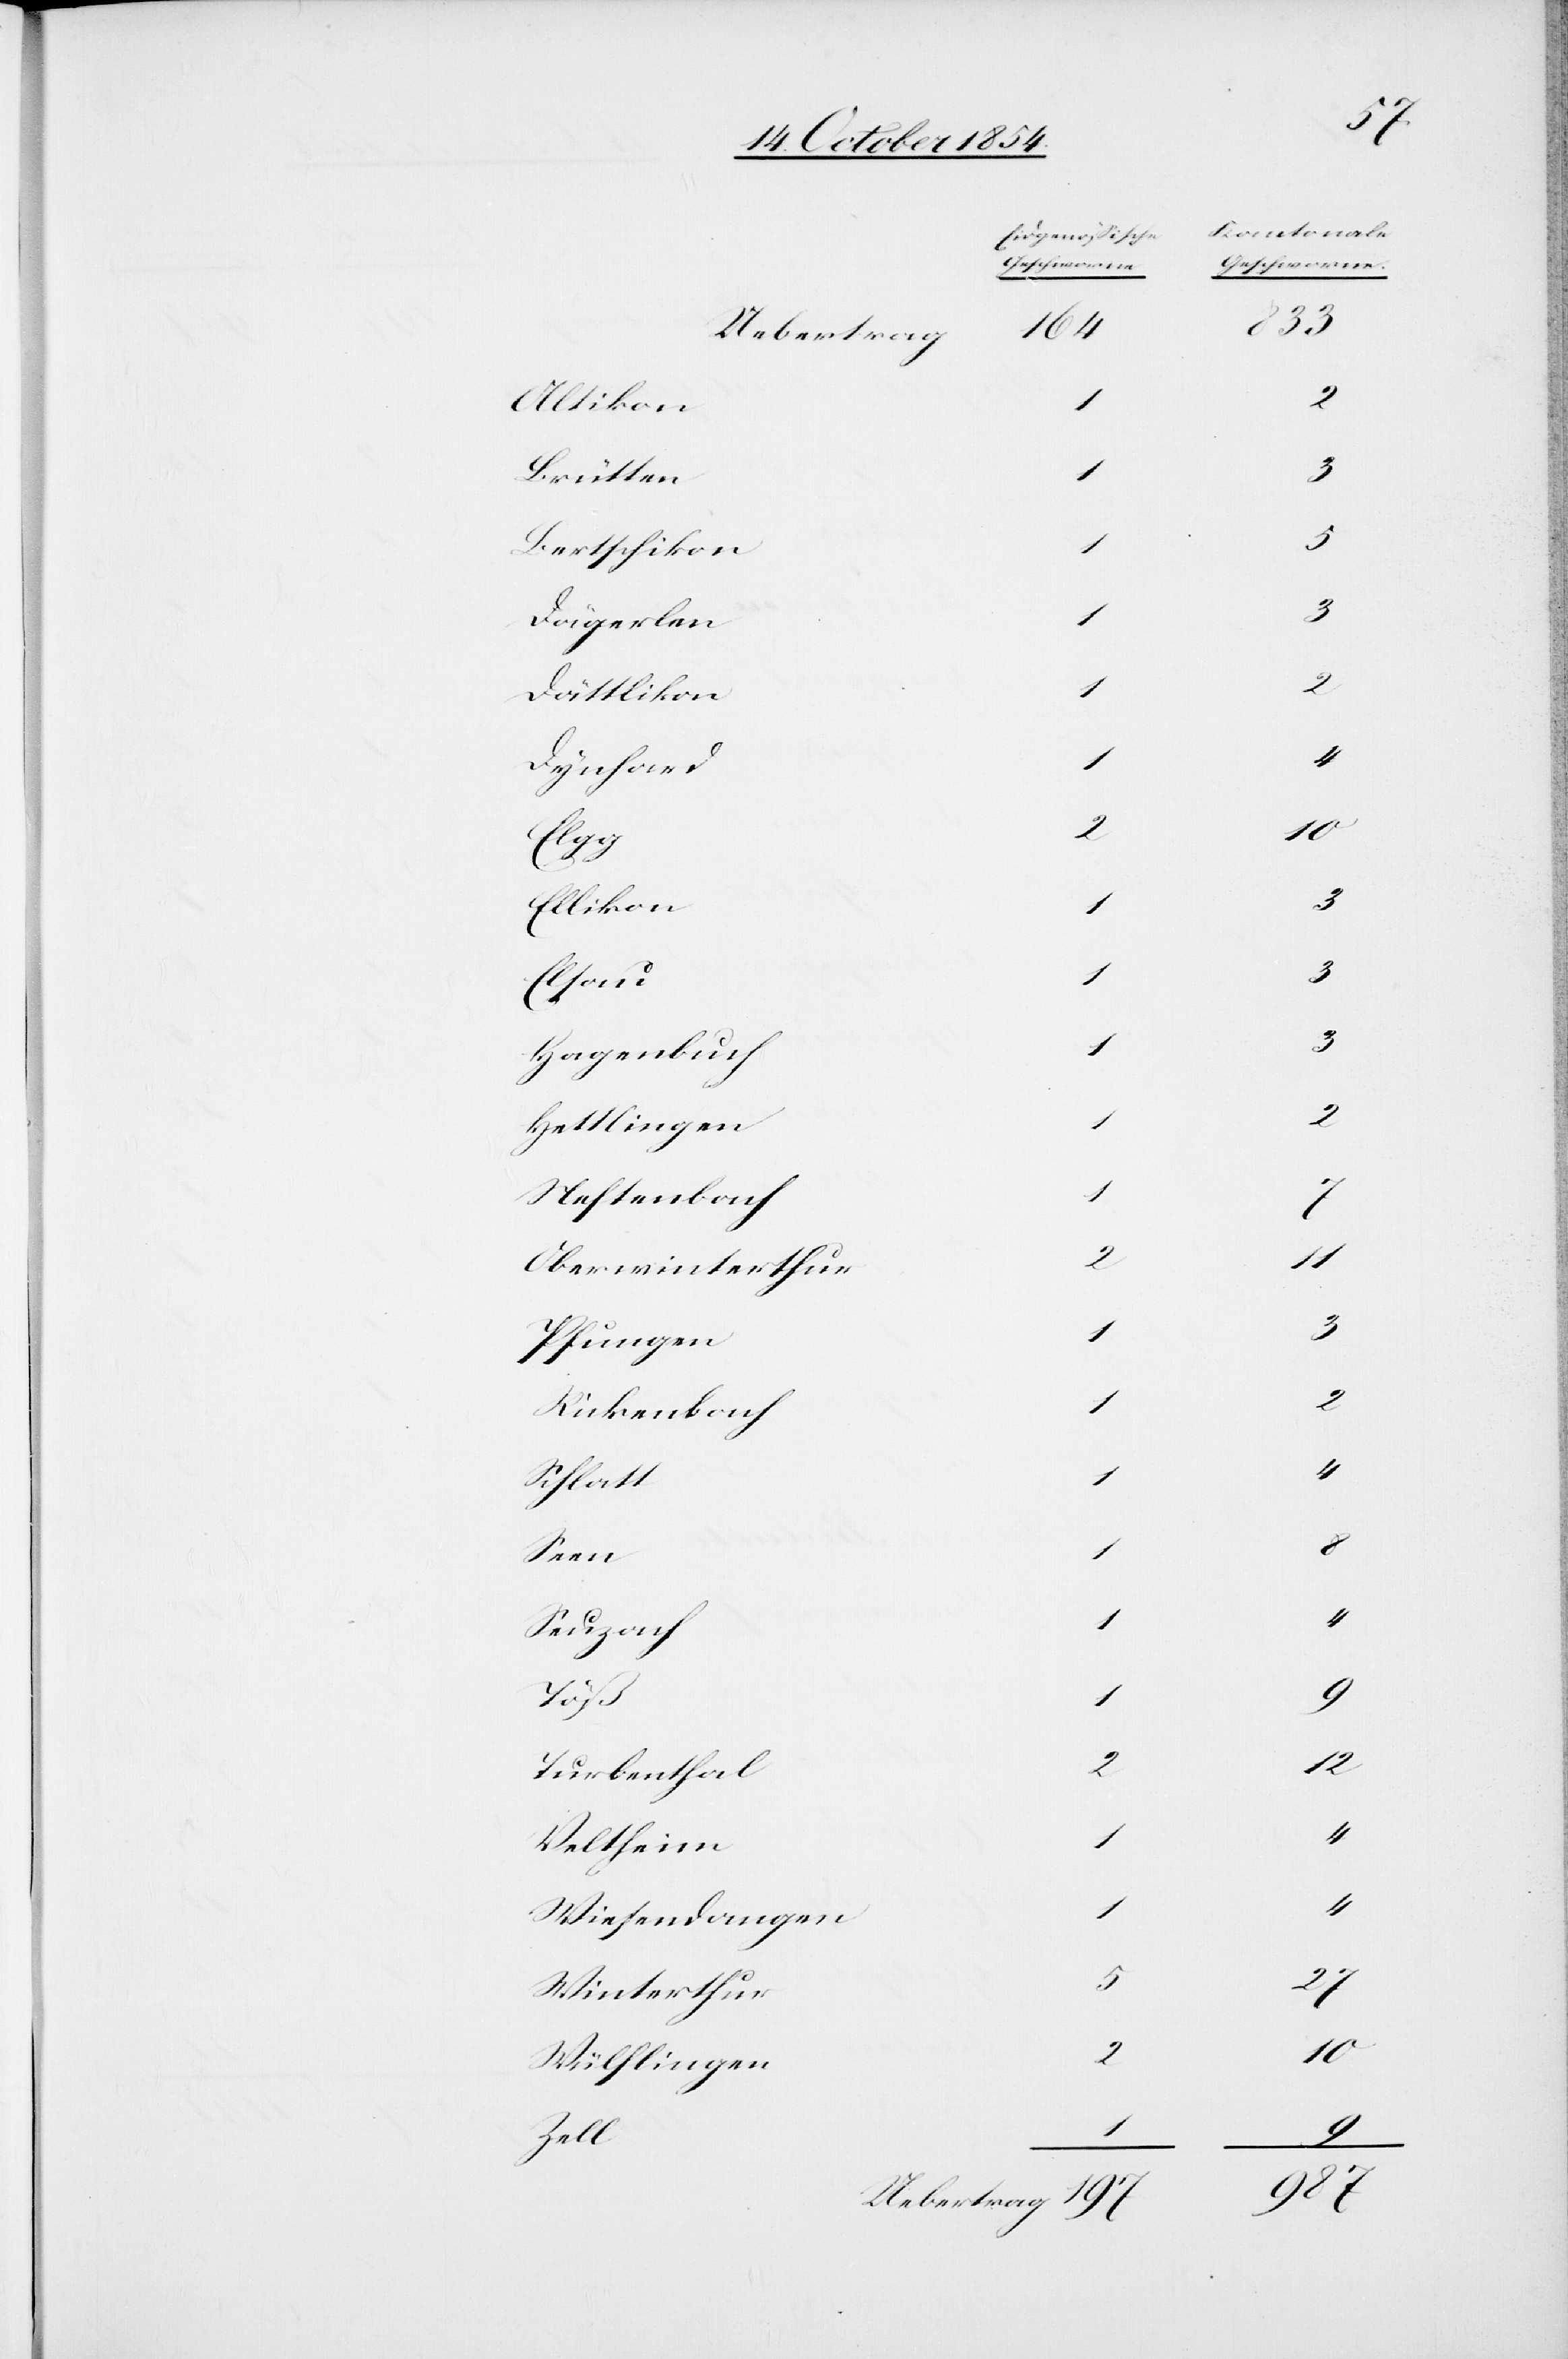
[Eidgenößische
164
Uebertrag
Altikon
2
Brütten
1
Bertschikon
5
Dägerlen
3
Dättlikon
2
Dynhard
Elgg
Ellikon
1
3
Elsau
1
Hagenbuch
Hettlingen
1
Neftenbach
Oberwinterthur
2
Pfungen
3
Rickenbach
Schlatt
Seen
1
Seuzach
1
Töß
1
Turbenthal
1
Veltheim
Wiesendangen
Winterthur
27
Wülflingen

Geschworne.]
833
1
3
1
2
2
10
1